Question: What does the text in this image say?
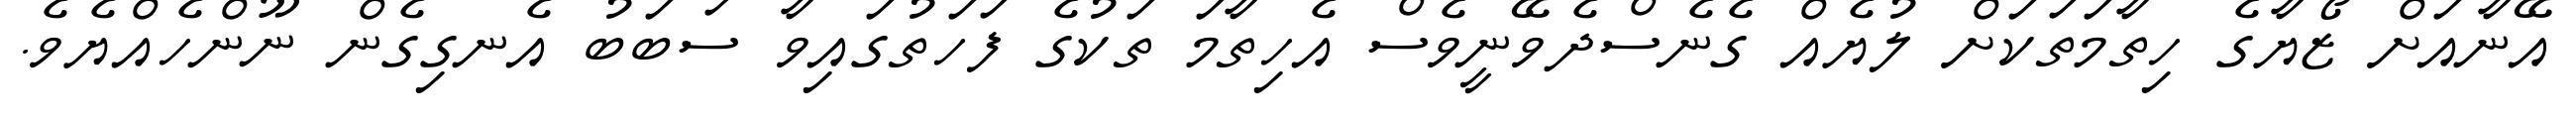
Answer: އޭނާއަށް ޒޯޔާގެ ހިތާމަތަކަށް ލުޔެއް ގެނެސްދެވޭނީވެސް އެހިތާމަ ތަކުގެ ފަހަތުގައިވާ ސަބަބު އެނގިގެން ނޫންހެއްޔެވެ.